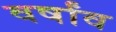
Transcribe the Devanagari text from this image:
वर्षांव